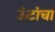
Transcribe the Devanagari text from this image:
ऊंटांचा